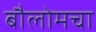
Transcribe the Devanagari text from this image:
बौलोमचा